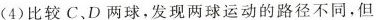
(4)比较C.D两球，发现两球运动的路径不同，但